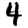
Digit: 4